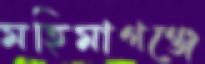
মহিমাগঞ্জে